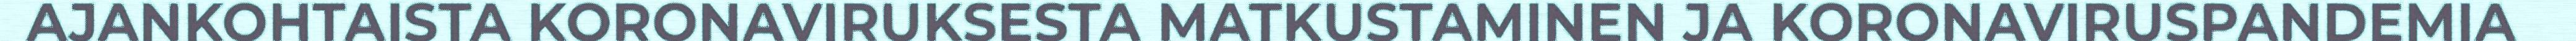
AJANKOHTAISTA KORONAVIRUKSESTA MATKUSTAMINEN JA KORONAVIRUSPANDEMIA